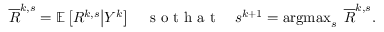
\begin{array} { r } { \overline { { R } } ^ { k , s } = \mathbb { E } \left[ R ^ { k , s } \big | Y ^ { k } \right] \quad \mathrm { ~ s ~ o ~ t ~ h ~ a ~ t ~ } \quad s ^ { k + 1 } = \operatorname * { a r g m a x } _ { s } \; \overline { { R } } ^ { k , s } . } \end{array}